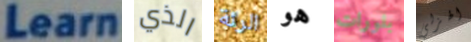
Learn الذي الرئة هو بلورات الهزلي